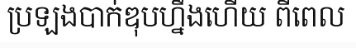
ប្រឡងបាក់ឌុបហ្នឹងហើយ ពីពេល